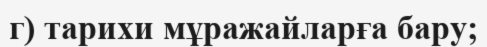
г) тарихи мұражайларға бару;